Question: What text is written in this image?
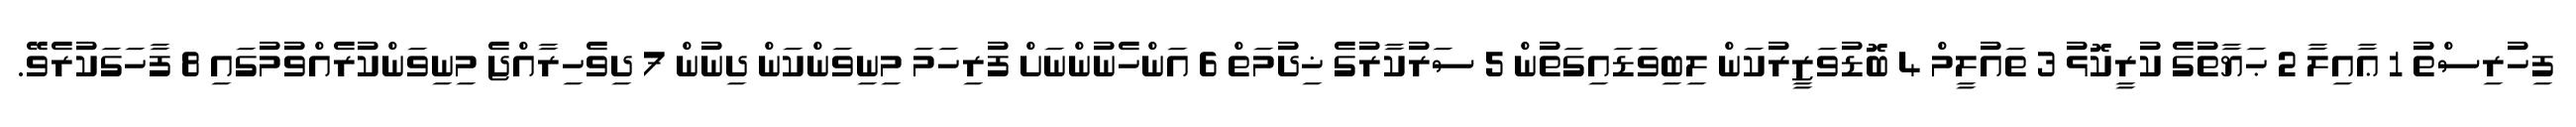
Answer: ފިހުރިސްތު 1 ޢާއިލާ 2 ޙަޔާތުގެ ކުރީކޮޅު 3 ތައުލީމް 4 ބޮޑުވަޒީރުކަން ލިބިވަޑައިގަތުން 5 ސަރުކާރުގެ ޚިދުމަތް 6 އަންހެނުންނަށް ފުރިހަމަ މިނިވަންކަން ދިނުން 7 ދިވެހިރާއްޖެ މިނިވަންކުރެއްވުމުގައި 8 ފާހަގަކުރެވޭ.